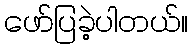
ဖော်ပြခဲ့ပါတယ်။